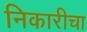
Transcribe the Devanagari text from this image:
निकारीचा